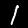
Label: 1